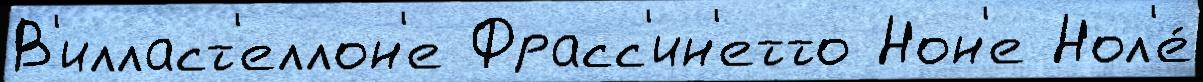
В'илласт'еллон'е Фрасс'ин'етто Нон'е Нол'е́